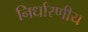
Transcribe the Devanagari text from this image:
निर्धारणीय